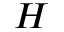
H